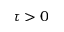
\tau > 0